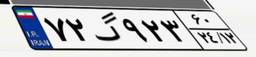
۷۲گ۹۲۳۶۰